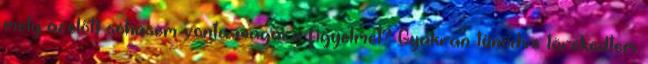
mely azelőtt sohasem vonta magára figyelmét? Gyakran tűnődve törekedtem